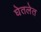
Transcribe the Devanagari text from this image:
घेतलेत